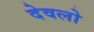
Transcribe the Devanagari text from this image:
देवलो